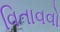
વિતાવવો